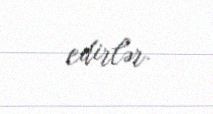
edirlər.